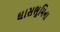
ઘાસભૂમિના